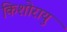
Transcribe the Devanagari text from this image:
किशोरायु